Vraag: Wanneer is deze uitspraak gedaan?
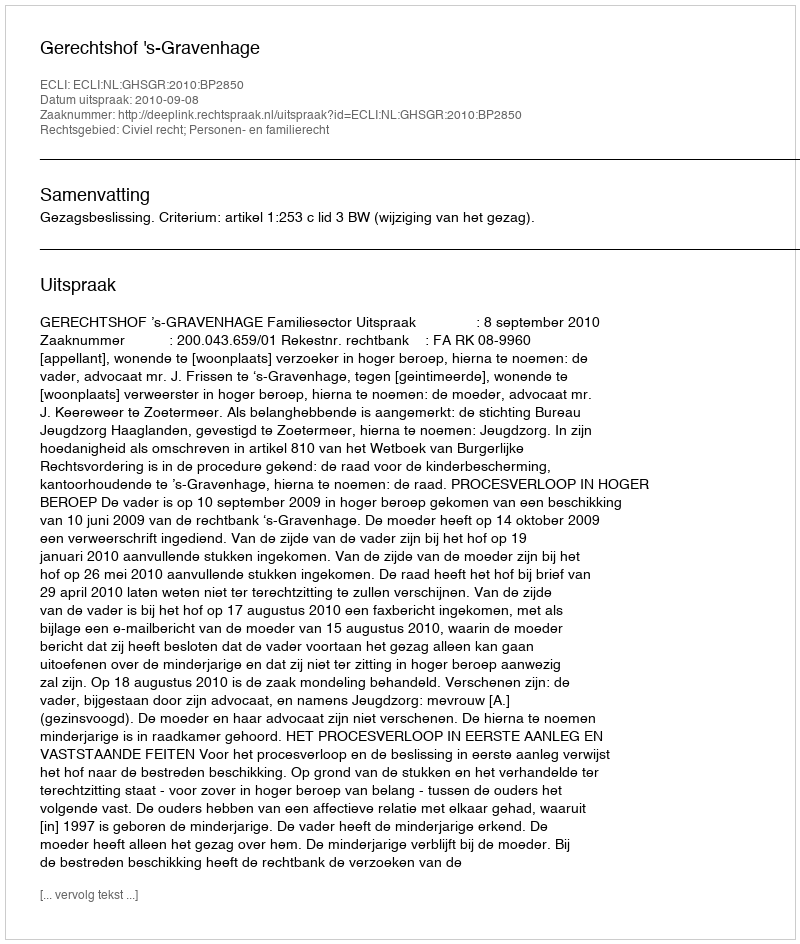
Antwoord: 2010-09-08